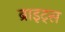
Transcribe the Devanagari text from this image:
ब्राइट्स